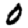
Digit: 0